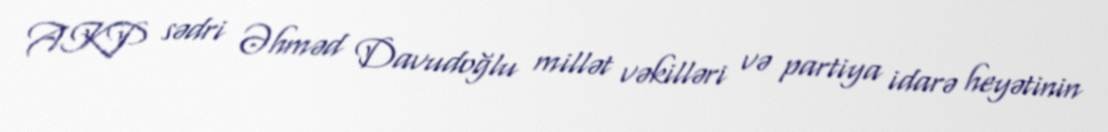
AKP sədri Əhməd Davudoğlu millət vəkilləri və partiya idarə heyətinin